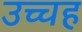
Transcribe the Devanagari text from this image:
उच्चह